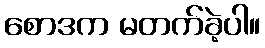
စောဒက မတက်ခဲ့ပါ။